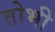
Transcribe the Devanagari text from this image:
तोभी